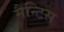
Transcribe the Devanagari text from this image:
मैन्टिस